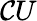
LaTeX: \mathcal{C}U